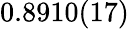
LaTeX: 0.8910(17)